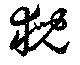
猊